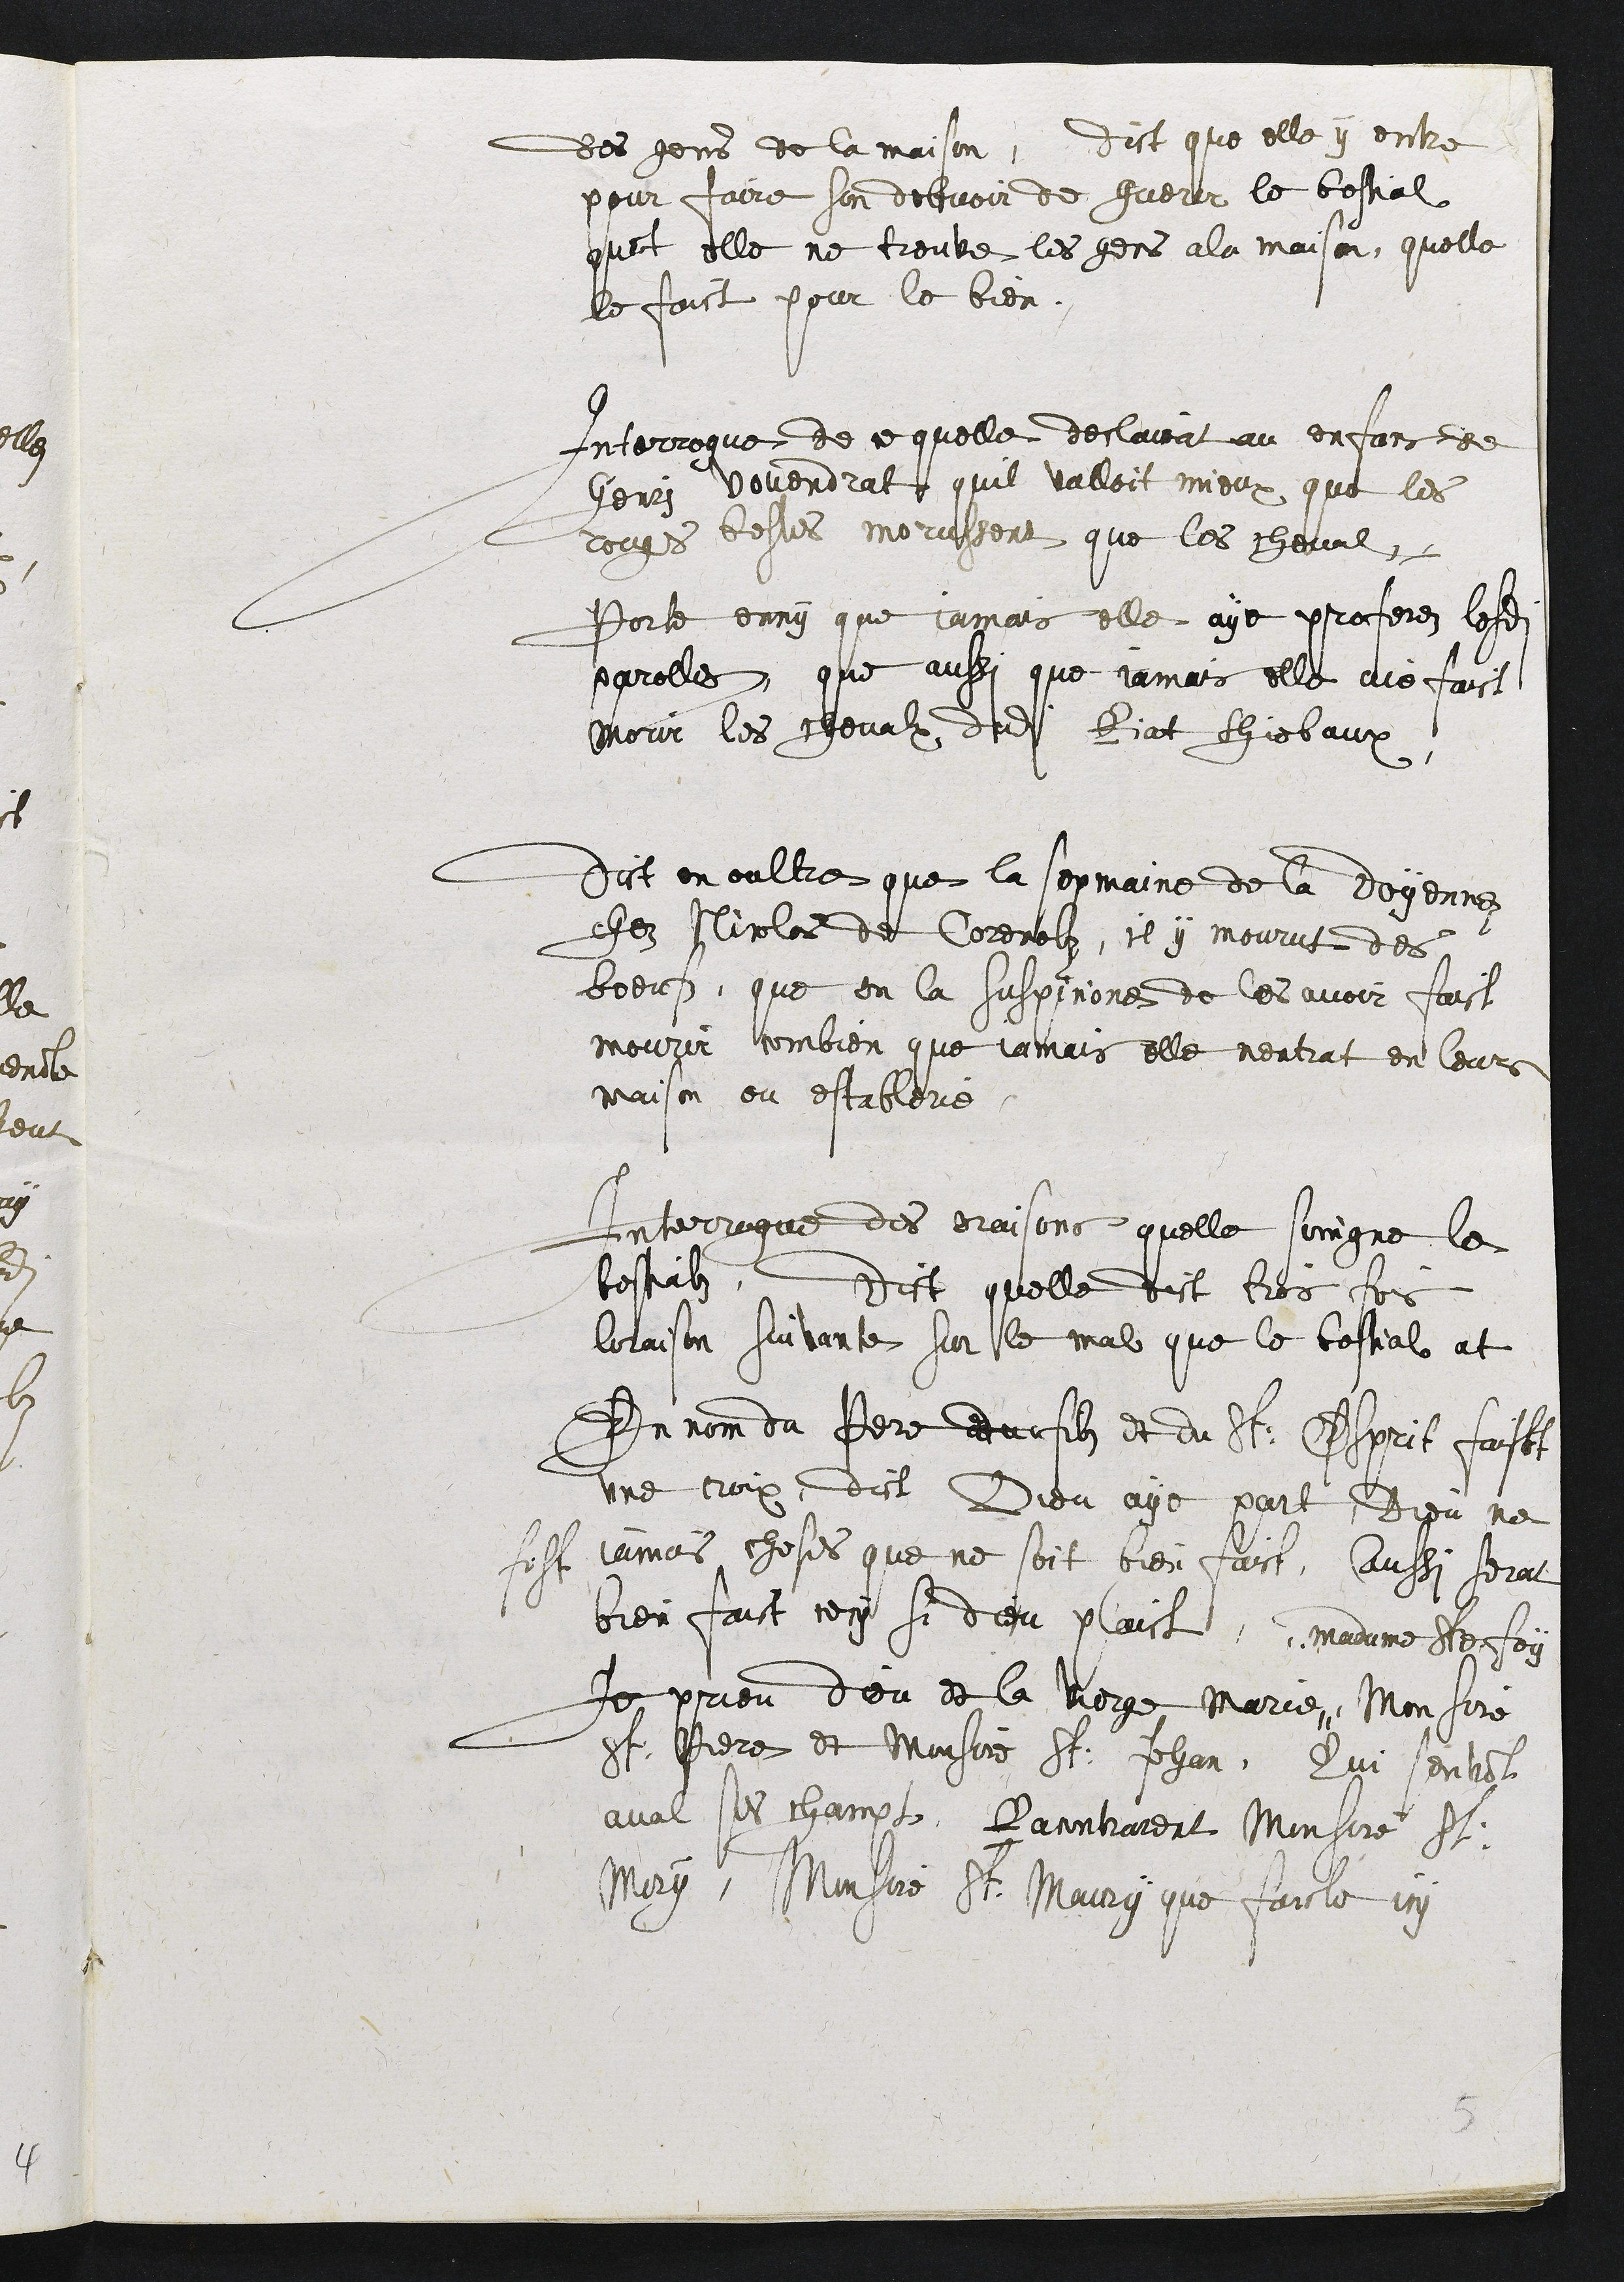
des gens de la maison, dict que elle y entre
pour faire son debvoir de guerir le bestial
qua[n]t elle ne trouve les gens ala maison, quelle
le faict pour le bien.
Interrogue de ce quelle declairat au enfans de
Henry Venendrat quil vallait mieux que les
rouges bestes morussent que les chevalx,
parle enny que iamais elle aye proferez lesdi[tes]
parolles, que aussi que iamais elle aie faict
morir les chevalx dudi[t] Riat Thiebaux.
Dict en oultre que la sepmaine de la doyenne
chez Nicolas de Corenolz, il y mourut des
bœufs, que on la suspicione de les avoir faict
mourir combien que iamais elle nentrat en leurs
maison ou estableries.
Interrogue des oraisons quelle soingne les
bestailz, Dict quelle dict trois fois
loraison suivante sur le mal que le bestial at
En nom du Pere du filz et du St : Esprit fai[ct]
une croix, dict Dieu aye part, Dieu ne
fist iamais choses que ne soit bien faict, aussi serat
bien faict cecy si Dieu plaict, madame Ste foy
Je prieu Dieu et la Vierge Marie, Monsire
St : Piere et Monsire St : Jehan, qui senvo[n]t
aval ses champs, Racontrarent Monsire St:
Mory, Monsire St: Maury que faicte icy